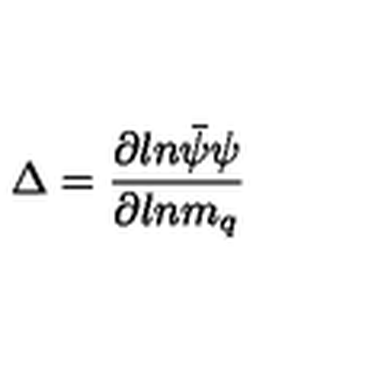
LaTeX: \Delta = { \frac { \partial l n \bar { \psi } \psi } { \partial l n m _ { q } } }